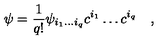
\psi = { \frac { 1 } { q ! } } \psi _ { i _ { 1 } \ldots i _ { q } } c ^ { i _ { 1 } } \ldots c ^ { i _ { q } } \quad ,